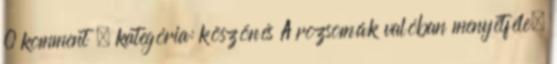
0 komment , kategória: köszönés A rozsomák valóban menyétféle,